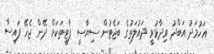
އަހުމަދު އަބްދު ވިދާޅުވީ ދައުލަތުގެ ބަޖެޓުން ސިޔާސީ ޕާޓީތަކަށް ދޭން ޖެހޭ ފައިސާ